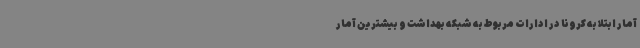
آمار ابتلا به کرونا در ادارات مربوط به شبکه بهداشت و بیشترین آمار